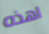
اهذه